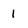
Character: 1